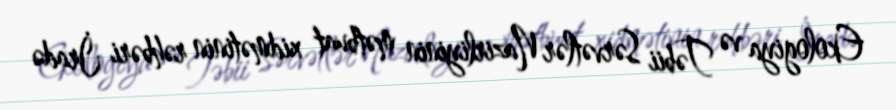
Ekologiya və Təbii Sərvətlər Nazirliyinin mətbuat xidmətinin rəhbəri İradə